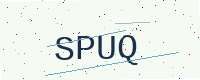
Text: SPUQ